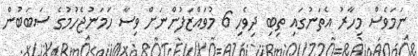
ނަމަވެސް މިހާރު އެތަނުގައި ތިބި ދިވެހި 6 މުވައްޒަފުންނަށް ވިސާ ހަމަނުޖެހުމުގެ ސަބަބުން